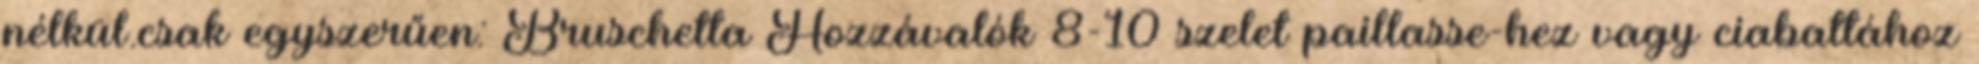
nélkül.csak egyszerűen: Bruschetta Hozzávalók 8-10 szelet paillasse-hez vagy ciabattához